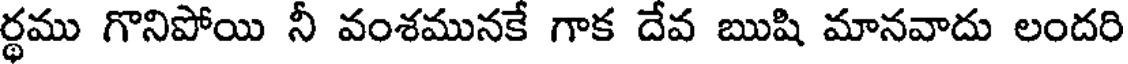
ర్థము గొనిపోయి నీ వంశమునకే గాక దేవ ఋషి మానవాదు లందరి